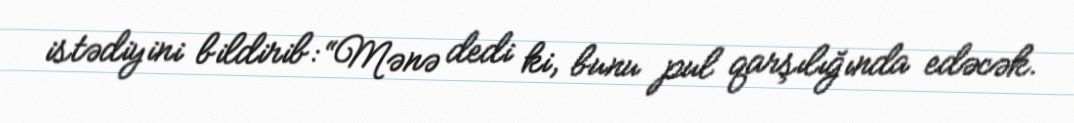
istədiyini bildirib: “Mənə dedi ki, bunu pul qarşılığında edəcək.